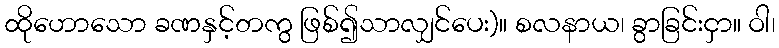
ထိုဟောသော ခဏနှင့်တကွ ဖြစ်၍သာလျှင်ပေး)။ စလနာယ၊ ခွာခြင်းငှာ။ ဝါ၊